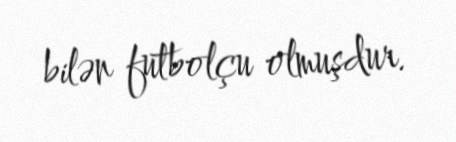
bilən futbolçu olmuşdur.